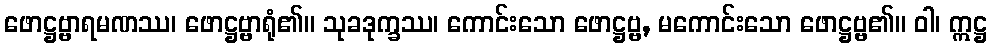
ဖောဋ္ဌဗ္ဗာရမဏဿ၊ ဖောဋ္ဌဗ္ဗာရုံ၏။ သုခဒုက္ခဿ၊ ကောင်းသော ဖောဋ္ဌဗ္ဗ, မကောင်းသော ဖောဋ္ဌဗ္ဗ၏။ ဝါ၊ ဣဋ္ဌ